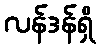
လန်ဒန်ရှိ